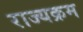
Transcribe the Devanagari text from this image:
राज्यक्रम